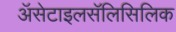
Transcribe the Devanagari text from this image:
ॲसेटाइलसॅलिसिलिक